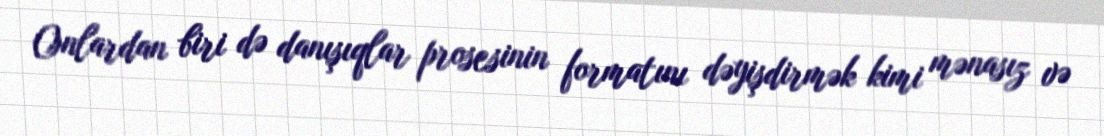
Onlardan biri də danışıqlar prosesinin formatını dəyişdirmək kimi mənasız və